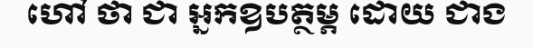
ហៅ ថា ជា អ្នកឧបត្ថម្ភ ដោយ ជាង